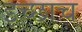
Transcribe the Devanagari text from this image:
इच्छाच